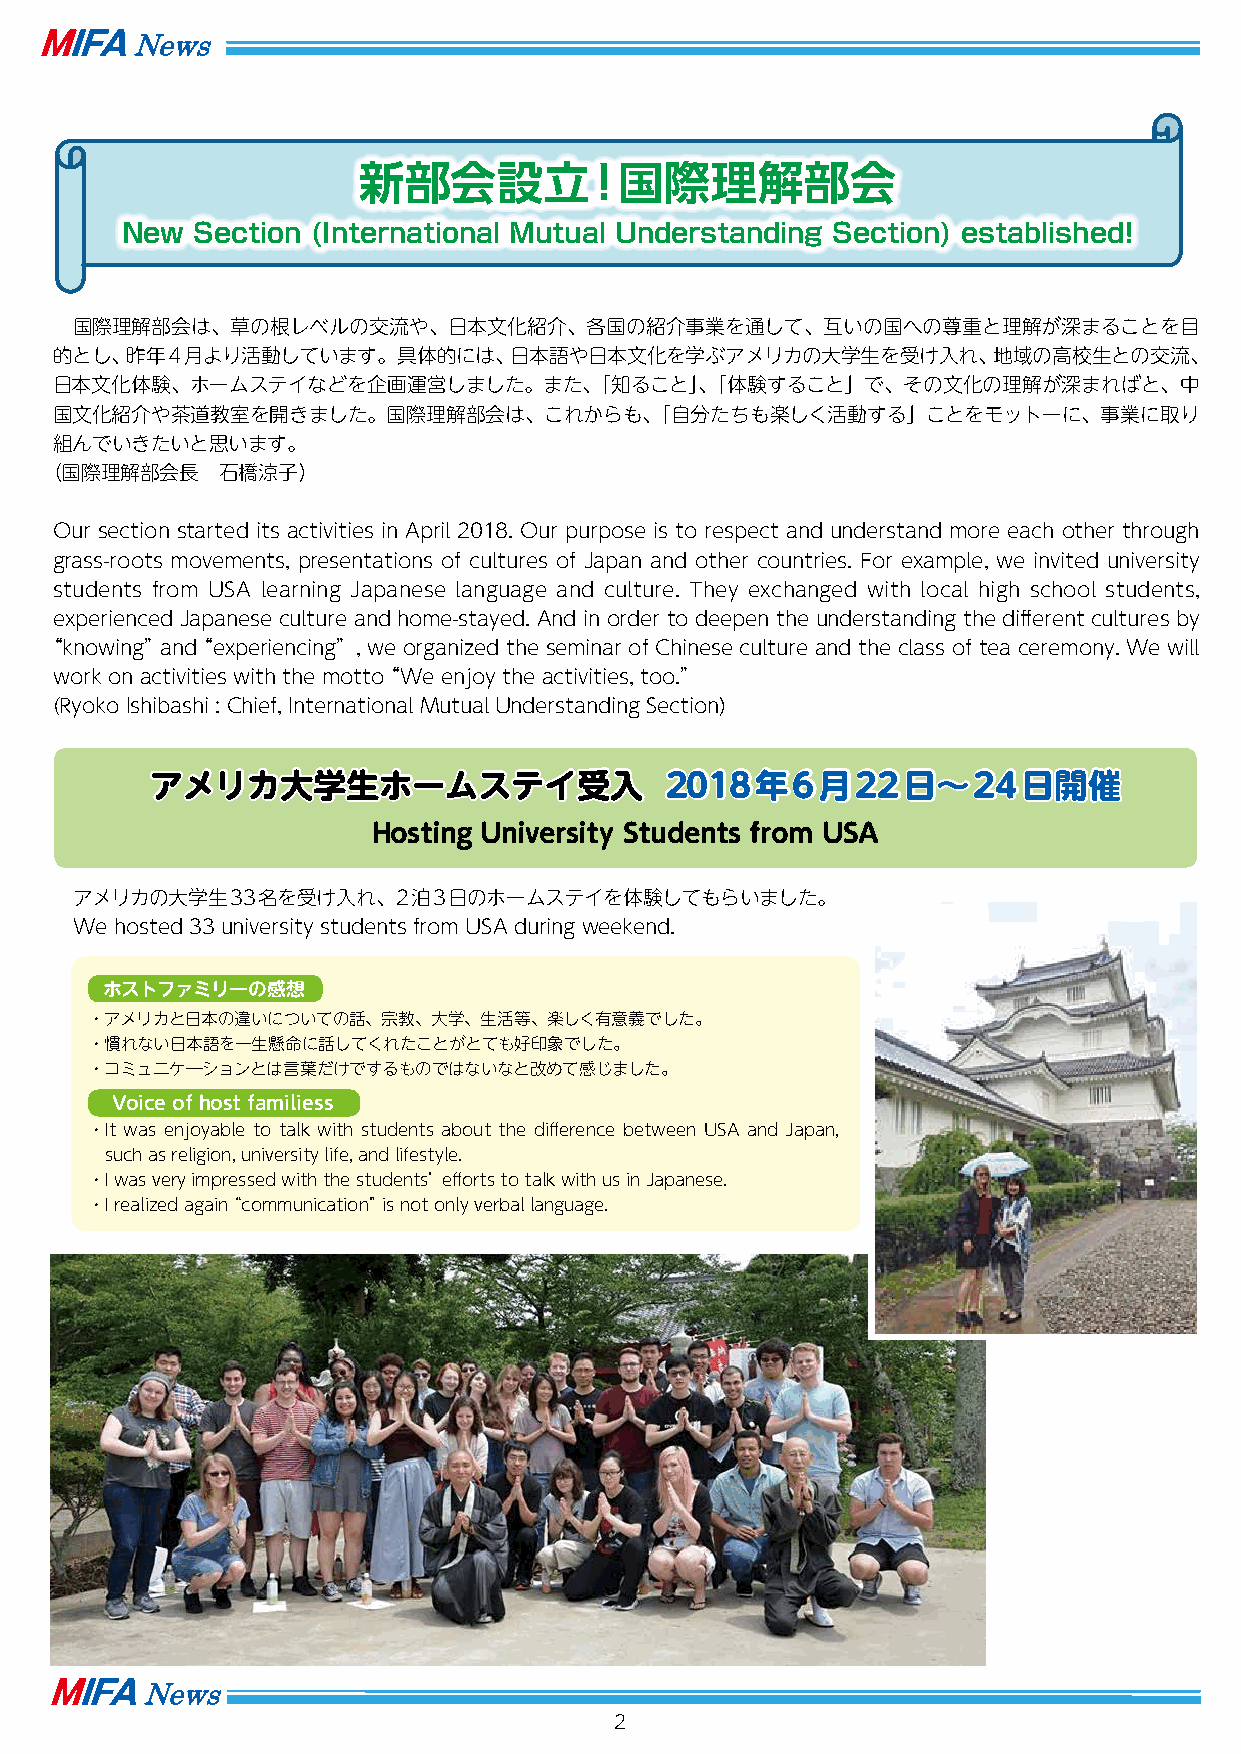
新部会設立！国際理解部会
 New  Section (International Mutual Understanding Section) established!
 国際理解部会は、草の根レベルの交流や、日本文化紹介、各国の紹介事業を通して、互いの国への尊重と理解が深まることを目
 的とし、昨年4月より活動しています。具体的には、日本語や日本文化を学ぶアメリカの大学生を受け入れ、地域の高校生との交流、
 日本文化体験、ホームステイなどを企画運営しました。また、「知ること」、「体験すること」で、その文化の理解が深まればと、中
 国文化紹介や茶道教室を開きました。国際理解部会は、これからも、「自分たちも楽しく活動する」ことをモットーに、事業に取り
 組んでいきたいと思います。
 （国際理解部会長    石橋涼子）
 Our section started its activities in April 2018. Our purpose is to respect and understand more each other through
 grass-roots movements, presentations of cultures of Japan and other countries. For example, we invited university
 students from USA learning Japanese language and culture. They exchanged with local high school students,
 experienced Japanese culture and home-stayed. And in order to deepen the understanding the different cultures by
 “knowing” and“ experiencing”, we organized the seminar of Chinese culture and the class of tea ceremony. We will
 work on activities with the motto“ We enjoy the activities, too.”
 (Ryoko Ishibashi : Chief, International Mutual Understanding Section)
 アメリカ大学生ホームステイ受入                   2018年6月22日～24日開催
 Hosting University Students from USA
 アメリカの大学生33名を受け入れ、2泊3日のホームステイを体験してもらいました。
 We hosted 33 university students from USA during weekend.
 ホストファミリーの感想
 ・アメリカと日本の違いについての話、宗教、大学、生活等、楽しく有意義でした。
 ・慣れない日本語を一生懸命に話してくれたことがとても好印象でした。
 ・コミュニケ―ションとは言葉だけでするものではないなと改めて感じました。
 Voice of host familiess
 ・It was enjoyable to talk with students about the difference between USA and Japan,
 such as religion, university life, and lifestyle.
 ・I was very impressed with the students’ efforts to talk with us in Japanese.
 ・I realized again“ communication” is not only verbal language.
 2